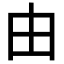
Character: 由